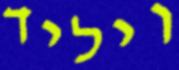
ויליד